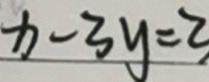
x - 3 y = 3